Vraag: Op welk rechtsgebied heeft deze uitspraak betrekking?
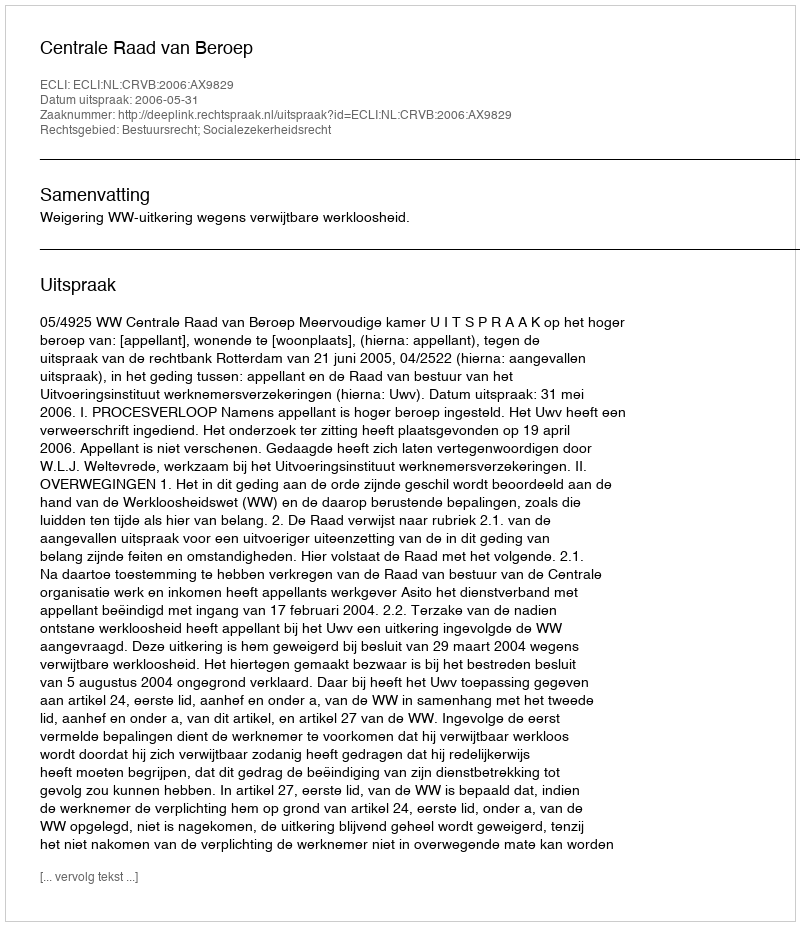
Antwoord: Bestuursrecht; Socialezekerheidsrecht